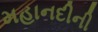
મહાનદીની